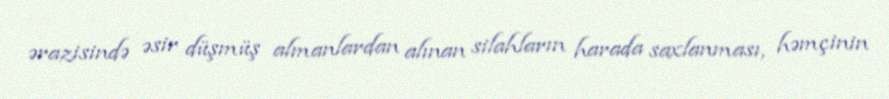
ərazisində əsir düşmüş almanlardan alınan silahların harada saxlanması, həmçinin